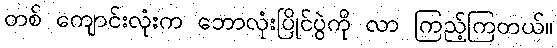
တစ် ကျောင်းလုံးက ဘောလုံးပြိုင်ပွဲကို လာ ကြည့်ကြတယ်။